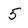
Character: 5